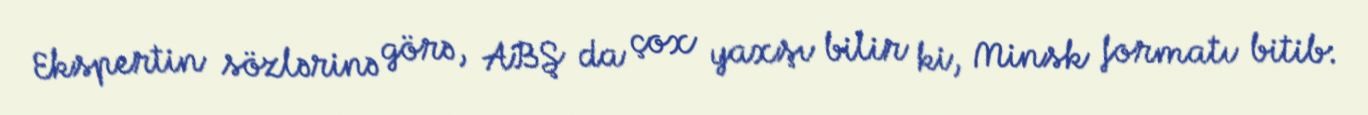
Ekspertin sözlərinə görə, ABŞ da çox yaxşı bilir ki, Minsk formatı bitib: